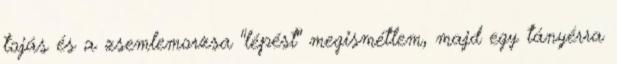
tojás és a zsemlemorzsa "lépést" megismétlem, majd egy tányérra